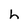
Character: h